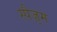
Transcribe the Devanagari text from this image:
स्पैज़्म